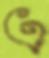
এ